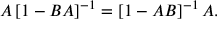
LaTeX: A \left[ 1 - B A \right] ^ { - 1 } = \left[ 1 - A B \right] ^ { - 1 } A .